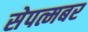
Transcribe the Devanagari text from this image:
सेपत्मबर